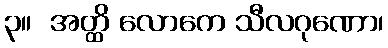
၃။  အတ္ထိ လောကေ သီလဂုဏော၊